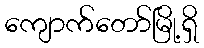
ကျောက်တော်မြို့ရှိ